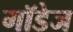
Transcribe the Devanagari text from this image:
गॉडेज